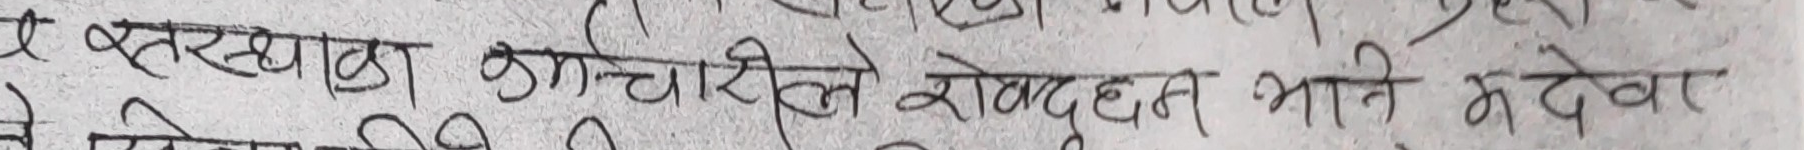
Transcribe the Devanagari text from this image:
ख तरखाका अर्चाहिले सोध्दछन् भानि मदेवा